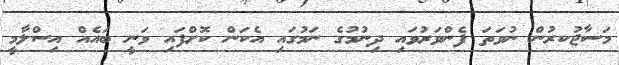
މަސާޖުކރުން ނުވަތަ ފެންވަރުވައި ދިނުމުގެ ނަމުގައި އެކަން ކޮށްފައި ވަނީ ބައެއް އިސްލާމީ